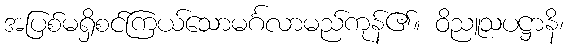
အပြစ်မရှိစင်ကြယ်သောမင်္ဂလာမည်ကုန်၏။ ဝိညူသပဋ္ဌာနိ၊